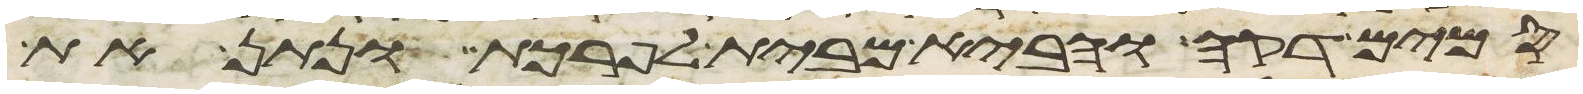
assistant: סמים דקה והביא מבית לפרכת ונתן את